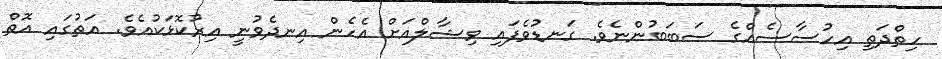
ހިތްދަތި އިހުސާސެއްގެ ސަބަބުންނެވެ. ގަނޑުވެފައި ވިޝާލްއަށް އެހެން އިނދެވުނީ އިރުކޮޅަކުއެވެ. އަތުގައި އޮތް